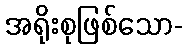
အရိုးစုဖြစ်သော-